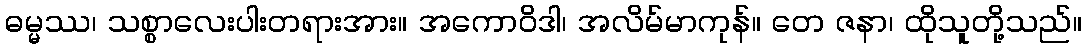
ဓမ္မဿ၊ သစ္စာလေးပါးတရားအား။ အကောဝိဒါ၊ အလိမ်မာကုန်။ တေ ဇနာ၊ ထိုသူတို့သည်။